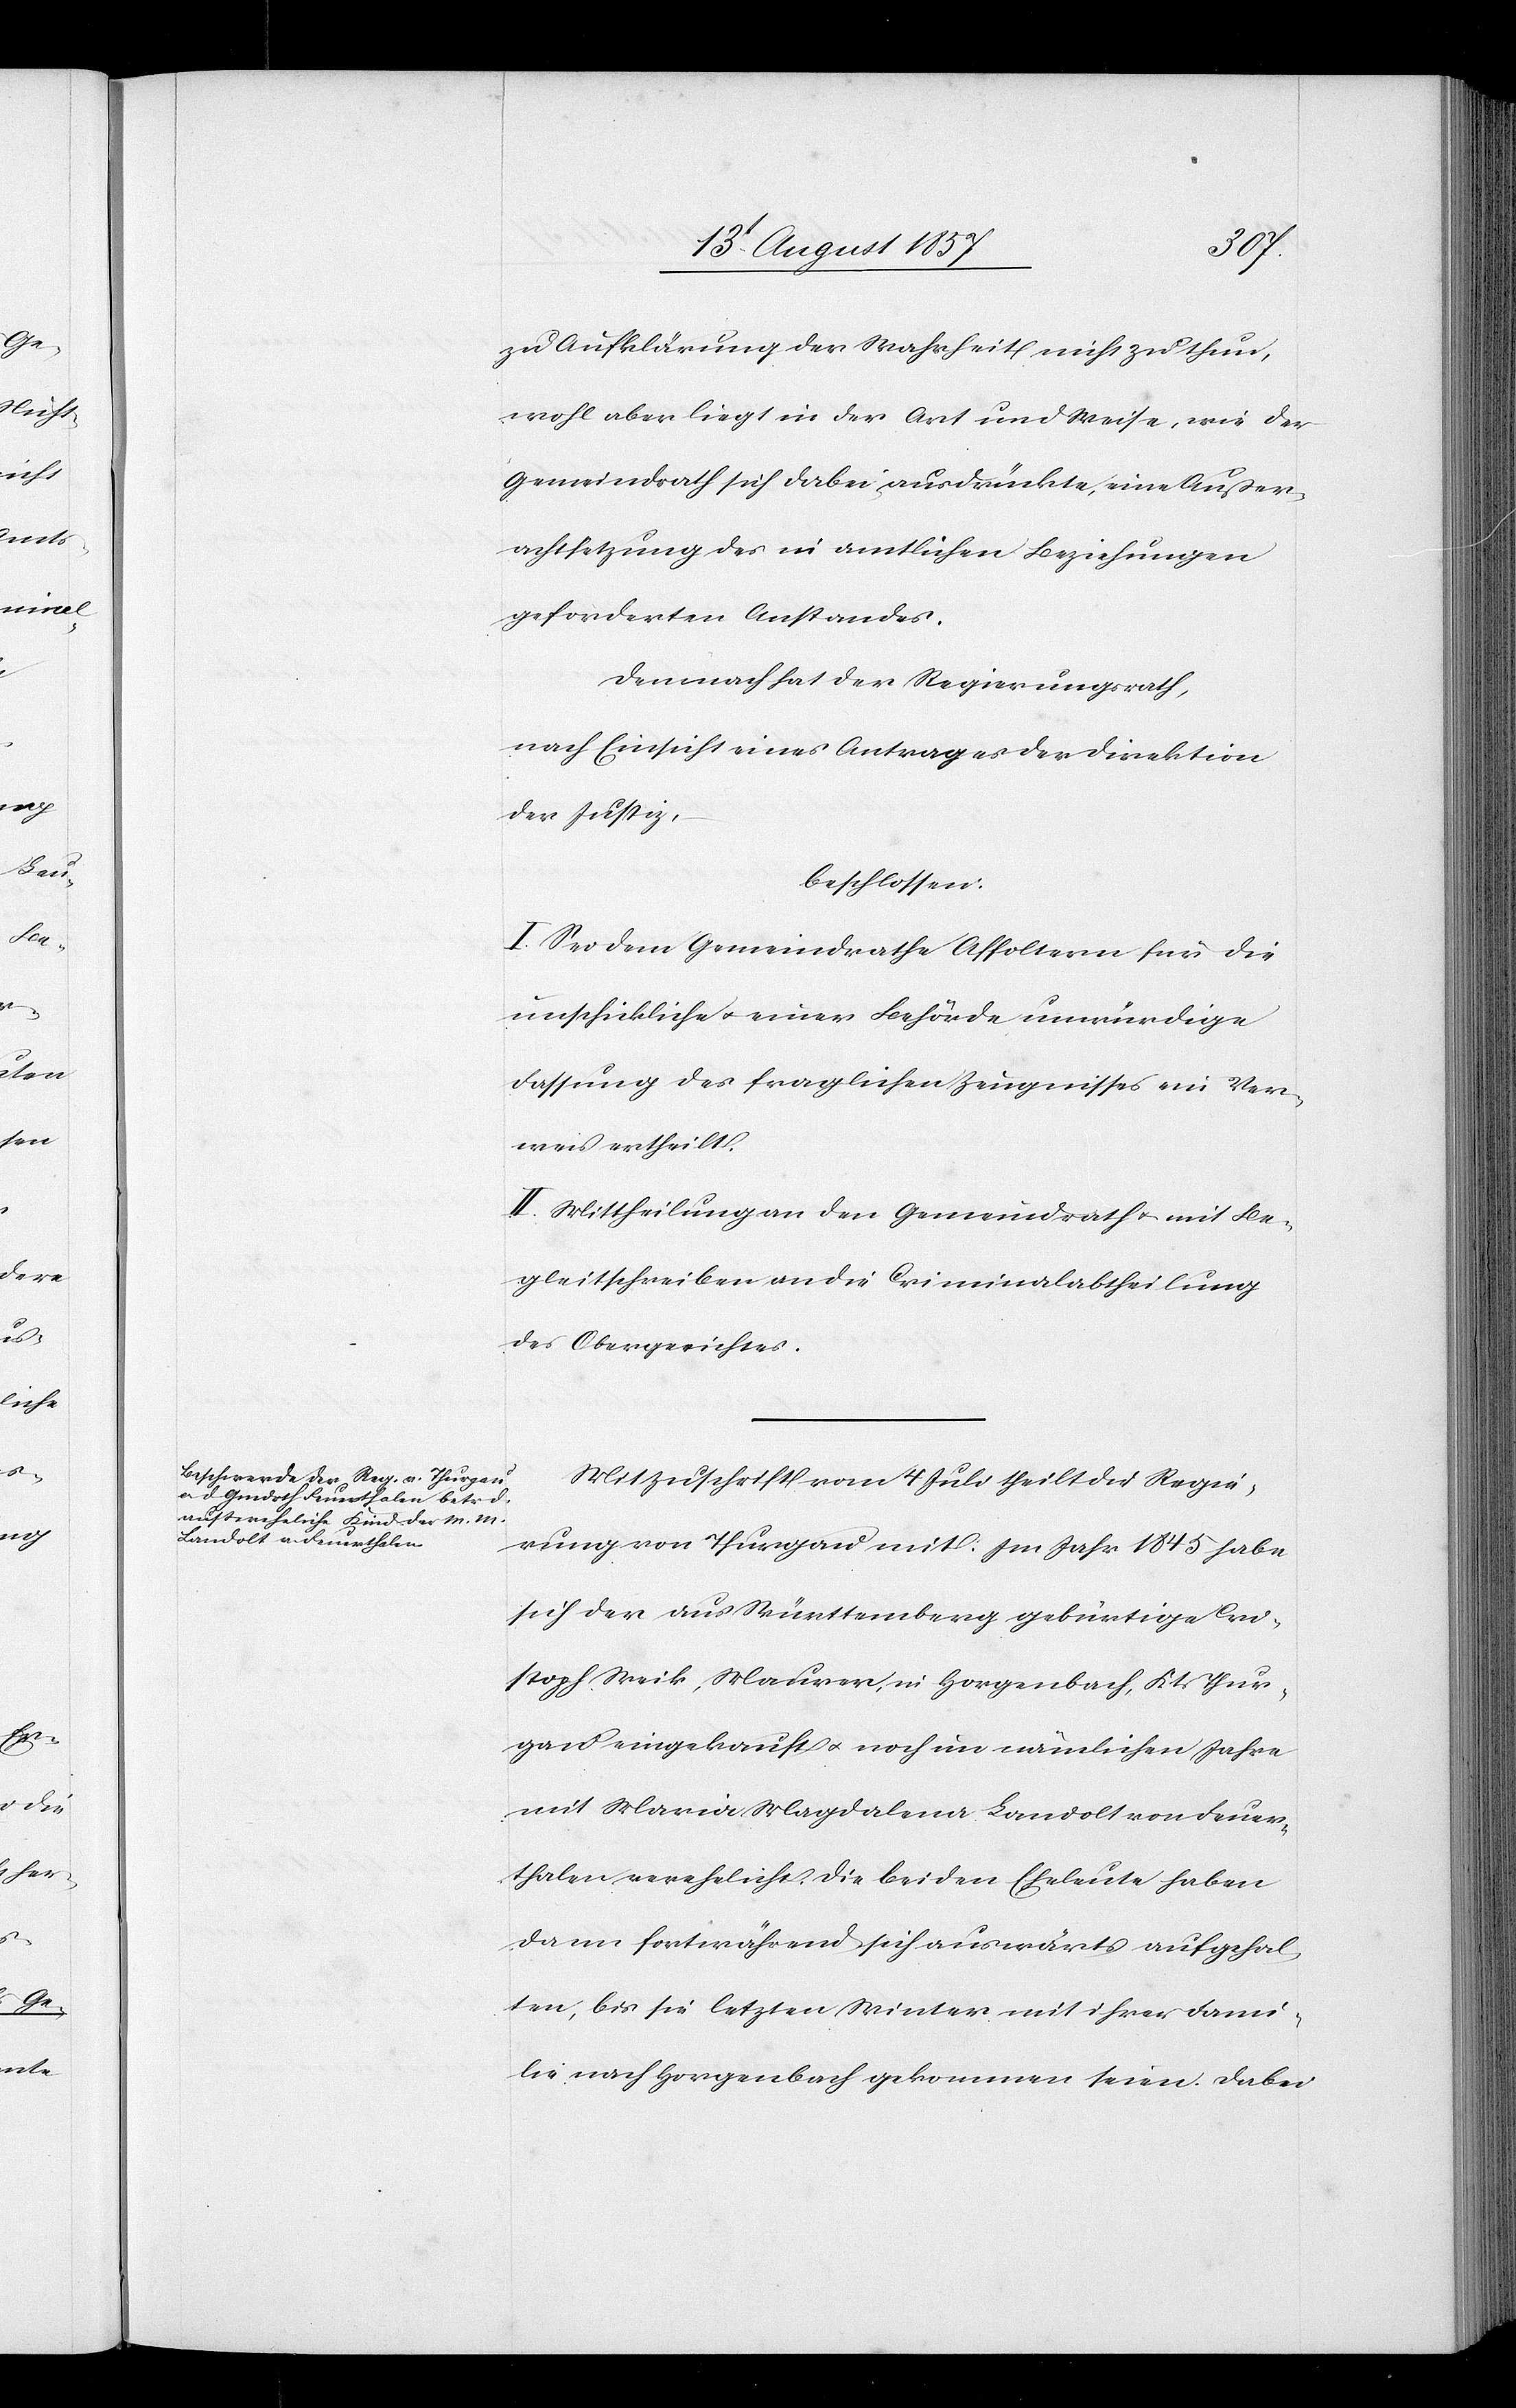
zu Aufklärung der Wahrheit nicht zu thun,
wohl aber liegt in der Art und Weise, wie der
Gemeindrath sich dabei ausdrückte, eine Außer¬
achtsetzung des in amtlichen Beziehungen
geforderten Anstandes.
Demnach hat der Regierungsrath,
nach Einsicht eines Antrages der Direktion
der Justiz,
beschlossen:
I. Sei dem Gemeindrathe Affoltern für die
unschickliche & einer Behörde unwürdigen
Fassung des fraglichen Zeugnisses ein Ver¬
weis ertheilt.
II. Mittheilung an den Gemeindrath & mit Be¬
gleitschreiben an die Criminalabtheilung
des Obergerichtes.
Mit Zuschrift vom 4 Juli theilt die Regie¬
rung von Thurgau mit: Im Jahr 1845 habe
sich der aus Württemberg gebürtige Chri¬
stoph Weik, Maurer, in Horgenbach, Kts. Thur¬
gau eingekauft & noch im nämlichen Jahre
mit Maria Magdalena Landolt von Feuer¬
thalen verehelicht. Die beiden Eheleute haben
dann fortwährend sich auswärts aufgehal¬
ten, bis sie letzten Winter mit ihrer Fami¬
lie nach Horgenbach gekommen seien. Dabei